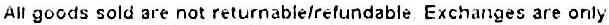
ALL GOODS SOLD ARE NOT RETURNABLE/REFUNDABLE EXCHANGES ARE ONLY